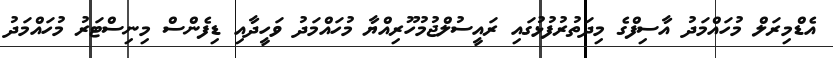
އެޑްމިރަލް މުހައްމަދު އާސިފްގެ މިދަތުރުފުޅުގައި ރައީސުލްޖުމުހޫރިއްޔާ މުހައްމަދު ވަހީދާއި ޑިފެންސް މިނިސްޓަރު މުހައްމަދު